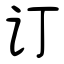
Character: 订